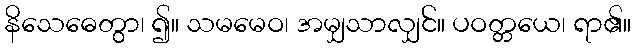
နိသေဓေတွာ၊ ၍။ သမမေဝ၊ အမျှသာလျှင်။ ပဝတ္တယေ၊ ရာ၏။